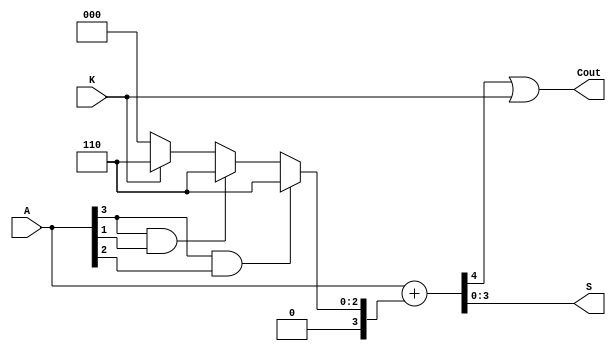
module binary_to_BCD (K,A,S, Cout);
input K;
input [3:0] A;
output [3:0]S;
output Cout;
wire temp_c;
reg [3:0]up;
always begin
        if (A[3] == 1'b1 && A[2]==1'b1)
            up=4'b0110;
        else if (A[3] == 1'b1 && A[1]==1'b1)
            up=4'b0110;
        else if (K==1'b1)
            up=4'b0110;
        else
            up=4'b0000;
    end
assign {temp_c, S} = A + up,
			Cout=(temp_c||K);
endmodule